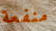
منفعة